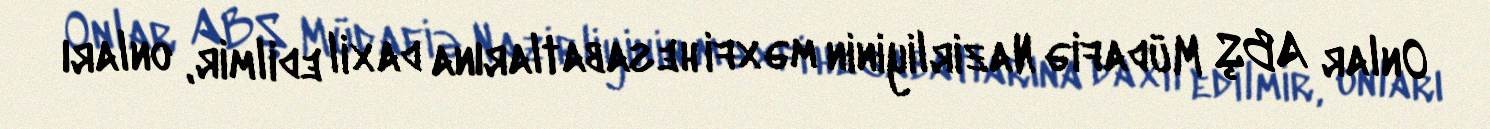
Onlar ABŞ Müdafiə Nazirliyinin məxfi hesabatlarına daxil edilmir, onları